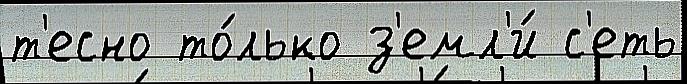
т'есно то́лько з'емл'и́ с'еть